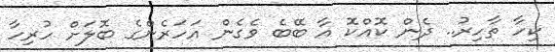
ކިހާ ތާހިރު.. ދެން ކޮއްކޮ އާ ބޭބެ ވެގެން އަހަރެންގެ ބޮލަށް ހުރިހާ